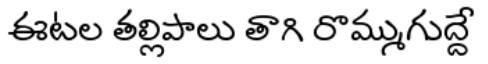
ఈటల తల్లిపాలు తాగి రొమ్ముగుద్దే